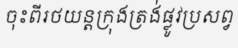
ចុះពីរថយន្តក្រុងត្រង់ផ្លូវប្រសព្វ